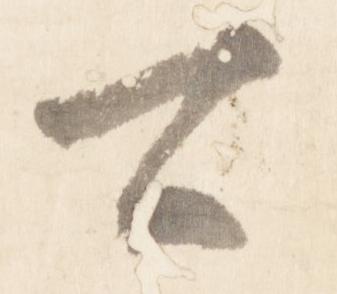
可